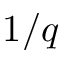
1 / q